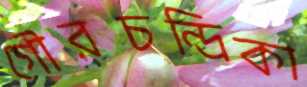
গৌরচন্দ্রিকা